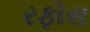
રફોસ